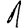
Digit: 1